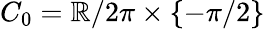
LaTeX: C_{0}=\mathbb{R}/2\pi\times\{ -\pi/2\}